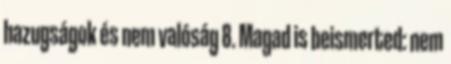
hazugságok és nem valóság 8. Magad is beismerted: nem